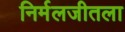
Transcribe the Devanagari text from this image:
निर्मलजीतला